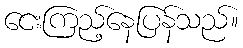
ငေးကြည့်နေပြန်သည်။